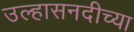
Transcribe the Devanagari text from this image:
उल्हासनदीच्या